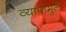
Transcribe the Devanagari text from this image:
व्यापामुले